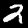
Digit: 2